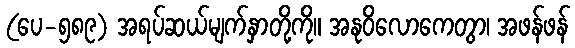
(ပေ-၅၈၉) အရပ်ဆယ်မျက်နှာတို့ကို။ အနုဝိလောကေတွာ၊ အဖန်ဖန်